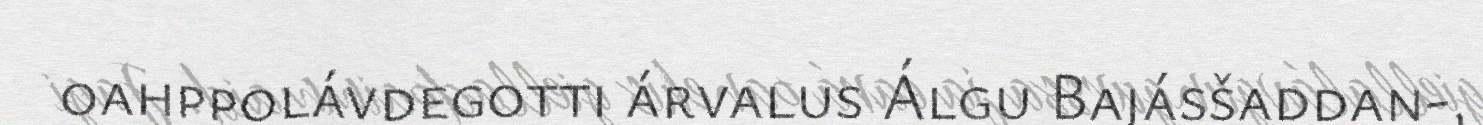
oahppolávdegotti árvalus Álgu Bajásšaddan-,